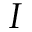
I